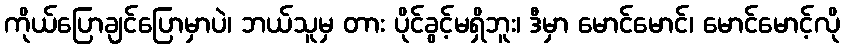
ကိုယ်ပြောချင်ပြောမှာပဲ၊ ဘယ်သူမှ တား ပိုင်ခွင့်မရှိဘူး၊ ဒီမှာ မောင်မောင်၊ မောင်မောင့်လို